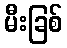
မီးခြစ်